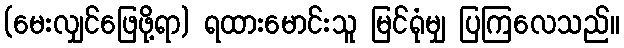
(မေးလျှင်ဖြေဖို့ရာ) ရထားမောင်းသူ မြင်ရုံမျှ ပြကြလေသည်။